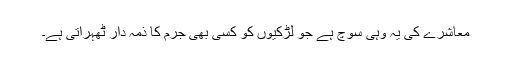
معاشرے کی یہ وہی سوچ ہے جو لڑکیوں کو کسی بھی جرم کا ذمہ دار ٹھہراتی ہے۔